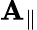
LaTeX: \mathbf{A}_{\parallel}